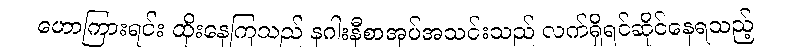
ဟောကြားရင်း ထိုးနေကြသည် နဂါးနီစာအုပ်အသင်းသည် လက်ရှိရင်ဆိုင်နေရသည့်